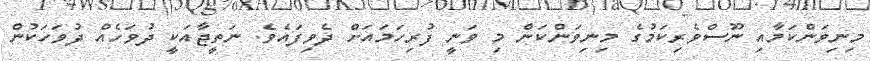
މިނިވަންކަމާއި ނޫސްވެރިކަމުގެ މިނިވަންކަން މި ވަނީ ފުރިހަމައަށް ދެވިފައެވެ. ނަތީޖާއަކީ ދުވަހެއް ދުވަހަކުން